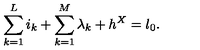
\sum _ { k = 1 } ^ { L } i _ { k } + \sum _ { k = 1 } ^ { M } \lambda _ { k } + h ^ { X } = l _ { 0 } .